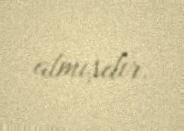
almışdır.